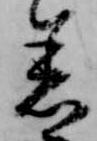
着